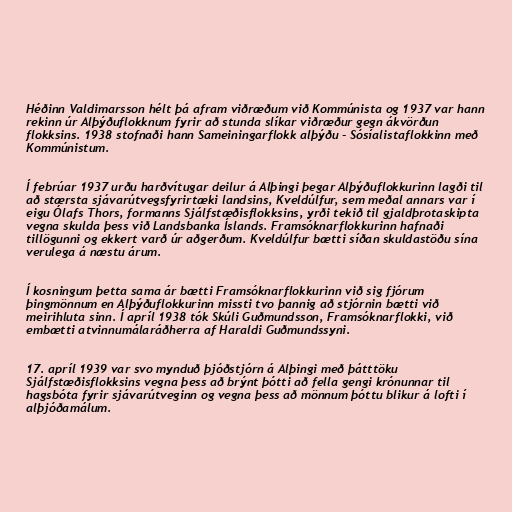
Héðinn Valdimarsson hélt þá afram viðræðum við Kommúnista og 1937 var hann
rekinn úr Alþýðuflokknum fyrir að stunda slíkar viðræður gegn ákvörðun
flokksins. 1938 stofnaði hann Sameiningarflokk alþýðu - Sósíalistaflokkinn með
Kommúnistum.

Í febrúar 1937 urðu harðvítugar deilur á Alþingi þegar Alþýðuflokkurinn lagði til
að stærsta sjávarútvegsfyrirtæki landsins, Kveldúlfur, sem meðal annars var í
eigu Ólafs Thors, formanns Sjálfstæðisflokksins, yrði tekið til gjaldþrotaskipta
vegna skulda þess við Landsbanka Íslands. Framsóknarflokkurinn hafnaði
tillögunni og ekkert varð úr aðgerðum. Kveldúlfur bætti síðan skuldastöðu sína
verulega á næstu árum.

Í kosningum þetta sama ár bætti Framsóknarflokkurinn við sig fjórum
þingmönnum en Alþýðuflokkurinn missti tvo þannig að stjórnin bætti við
meirihluta sinn. Í apríl 1938 tók Skúli Guðmundsson, Framsóknarflokki, við
embætti atvinnumálaráðherra af Haraldi Guðmundssyni.

17. apríl 1939 var svo mynduð þjóðstjórn á Alþingi með þátttöku
Sjálfstæðisflokksins vegna þess að brýnt þótti að fella gengi krónunnar til
hagsbóta fyrir sjávarútveginn og vegna þess að mönnum þóttu blikur á lofti í
alþjóðamálum.